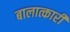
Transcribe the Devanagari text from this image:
बालात्कारी